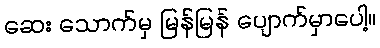
ဆေး သောက်မှ မြန်မြန် ပျောက်မှာပေါ့။